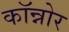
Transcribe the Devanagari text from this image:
कॉन्नोर